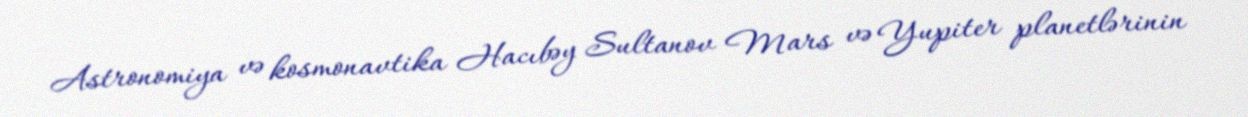
Astronomiya və kosmonavtika Hacıbəy Sultanov Mars və Yupiter planetlərinin